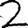
Digit: 2